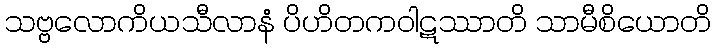
သဗ္ဗလောကိယသီလာနံ ပိဟိတကဝါဋဿာတိ သာမီစိယောတိ